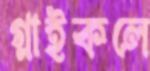
গ্লাইকলে